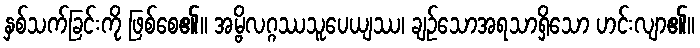
နှစ်သက်ခြင်းကို ဖြစ်စေ၏။ အမ္ဗိလဂ္ဂဿသူပေယျဿ၊ ချဉ်သောအရသာရှိသော ဟင်းလျာ၏။